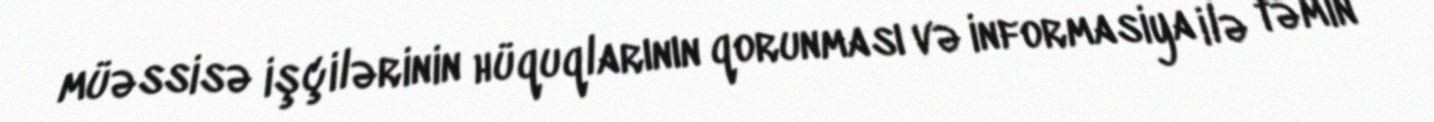
müəssisə işçilərinin hüquqlarının qorunması və informasiya ilə təmin